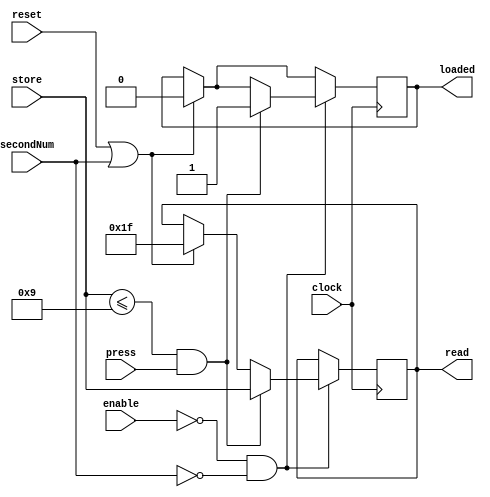
module Register5Bit_B (clock, reset, store, read, press, enable, loaded, secondNum);
	input clock, reset, enable, press, secondNum;
	input [4:0] store;
	output reg [4:0] read;
	output reg loaded;
	
	initial 
	begin
		loaded = 0;
		read = 5'b11111;
	end
	
	always @ (posedge clock)
	begin
		if (reset || secondNum)
		begin
			read <= 5'b11111;
			loaded <= 0;
		end
		
		if (!enable && !secondNum)
		begin
			if ((store <= 5'd9) && press)
			begin	
				loaded <= 1;
				read <= store;
			end
		end
		else
			read <= read;
 
	end
	
endmodule